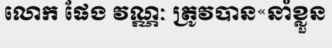
លោក ផែង វណ្ណៈ ត្រូវបាន«នាំខ្លួន